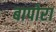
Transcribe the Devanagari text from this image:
बापोरा